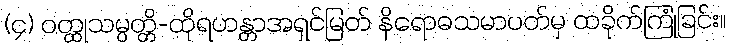
(၄) ဝတ္ထုသမ္ပတ္တိ-ထိုရဟန္တာအရှင်မြတ် နိရောဓသမာပတ်မှ ထခိုက်ကြုံခြင်း။